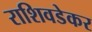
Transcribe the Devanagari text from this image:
राशिवडेकर